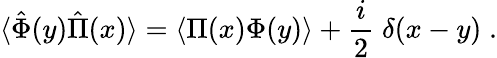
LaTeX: \langle\hat{\Phi}(y)\hat{\Pi}(x)\rangle=\langle\Pi(x)\Phi(y)\rangle+{\frac{i}{2}}\; \delta(x-y)\; .